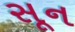
સૂન